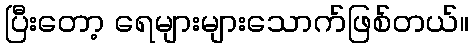
ပြီးတော့ ရေများများသောက်ဖြစ်တယ်။